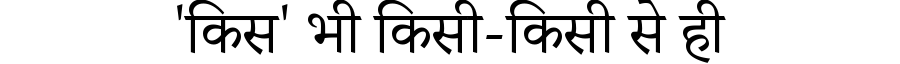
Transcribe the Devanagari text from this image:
'किस' भी किसी-किसी से ही